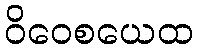
ဝိဝေစယေထ